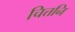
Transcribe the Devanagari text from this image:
चित्तनि